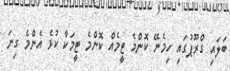
ބަލައި ގްރޫޕުގައި ހިމެނޭ ކޮންމެ ޓީމެއް ކޮންމެ ޓީމަކާ ކުޅެ އެންމެ ގިނަ